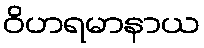
ဝိဟရမာနာယ